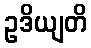
ဥဒိယျတိ